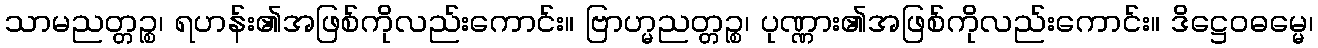
သာမညတ္တဉ္စ၊ ရဟန်း၏အဖြစ်ကိုလည်းကောင်း။ ဗြာဟ္မညတ္တဉ္စ၊ ပုဏ္ဏား၏အဖြစ်ကိုလည်းကောင်း။ ဒိဋ္ဌေဝဓမ္မေ၊